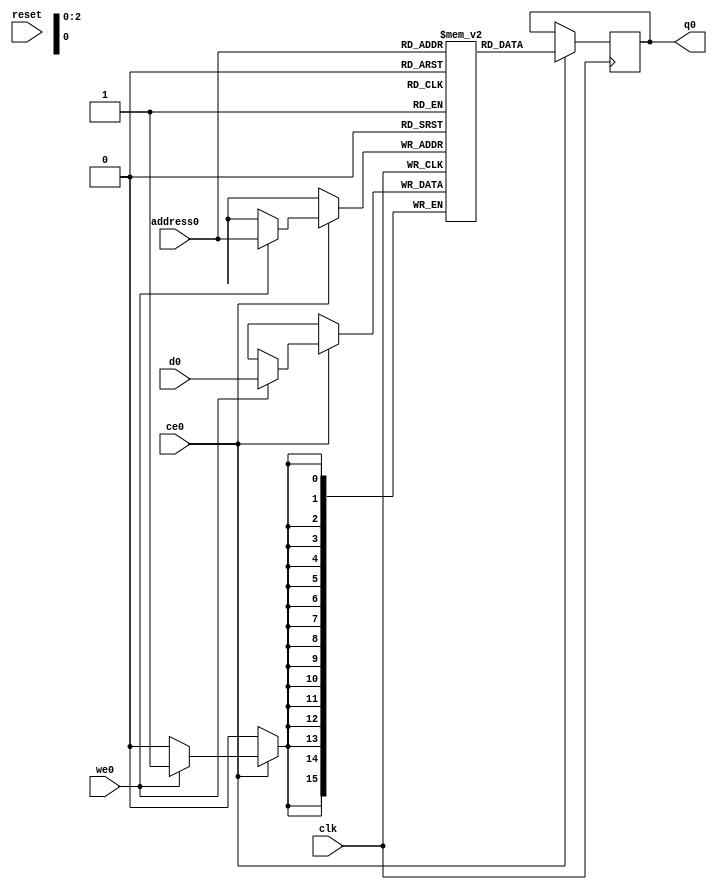
// ==============================================================
// Generated by Vitis HLS v2023.2
// Copyright 1986-2022 Xilinx, Inc. All Rights Reserved.
// Copyright 2022-2023 Advanced Micro Devices, Inc. All Rights Reserved.
// ==============================================================
`timescale 1 ns / 1 ps
module IMG2RLE_Cb_RAM_AUTO_1R1W (
     
    address0, ce0,
    d0, we0, 
    q0, 
     
    reset, clk);

parameter DataWidth = 16;
parameter AddressWidth = 3;
parameter AddressRange = 8;
 
input[AddressWidth-1:0] address0;
input ce0;
input[DataWidth-1:0] d0;
input we0; 
output reg[DataWidth-1:0] q0; 

input reset;
input clk;

(* ram_style = "auto"  *)reg [DataWidth-1:0] ram[0:AddressRange-1];


 





//read first
always @(posedge clk)  
begin 
    if (ce0) begin
        if (we0) 
            ram[address0] <= d0; 
        q0 <= ram[address0];

    end
end 
 
 

endmodule